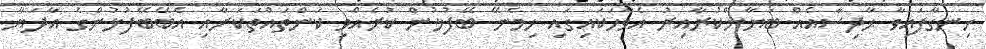
ހިނގާފައިވާ ޙާދިސާއެއް ބަޔާންކުރާއިރު އެވާހަކައިގައި ހިމެނޭ ބޭފުޅުން ކުރެއްވި ކަންތައްތަކަށާއި އެބޭބޭފުޅުންގެ އާދަޔާ